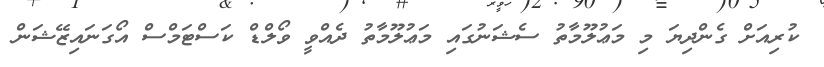
ކުރިއަށް ގެންދިޔަ މި މަޢުލޫމާތު ސެޝަނުގައި މަޢުލޫމާތު ދެއްވީ ވޯލްޑް ކަސްޓަމްސް އޯގަނައިޒޭޝަން